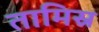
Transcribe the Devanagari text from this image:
तामिस्र